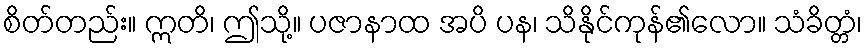
စိတ်တည်း။ ဣတိ၊ ဤသို့။ ပဇာနာထ အပိ ပန၊ သိနိုင်ကုန်၏လော။ သံခိတ္တံ၊